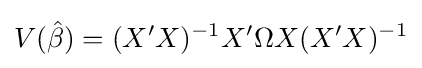
V({\hat {\beta }})=(X'X)^{-1}X'\Omega X(X'X)^{-1}